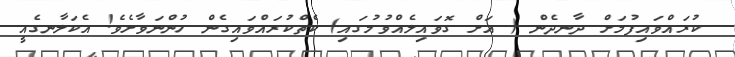
ކުރައްވައިފުމަށް ދާނދެން ( އަށް ގޮވައިލެއްވުމުގައި) ކެތްކުރައްވައިގެން ހުންނަވާށެވެ! އެކަލާނގެއީ